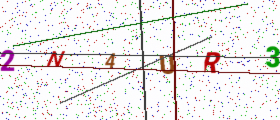
Text: 2N4UR3